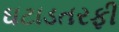
ઘટાડતરફી